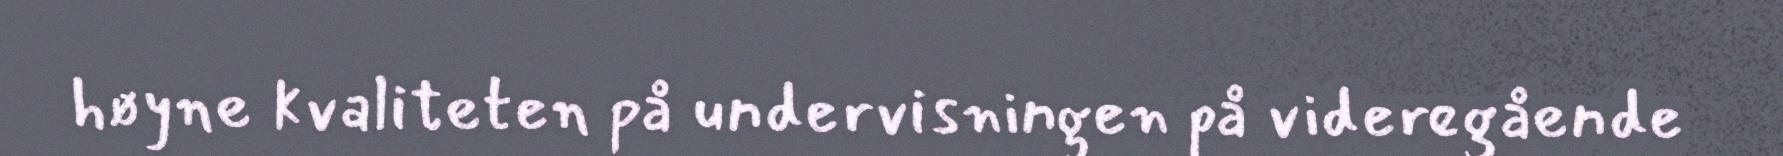
høyne kvaliteten på undervisningen på videregående